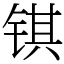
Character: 𫓹